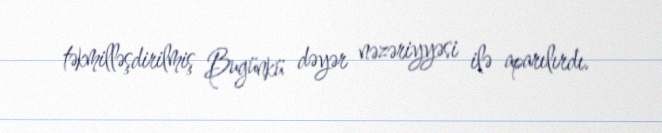
təkmilləşdirilmiş Bugünkü dəyər nəzəriyyəsi ilə aparılırdı.